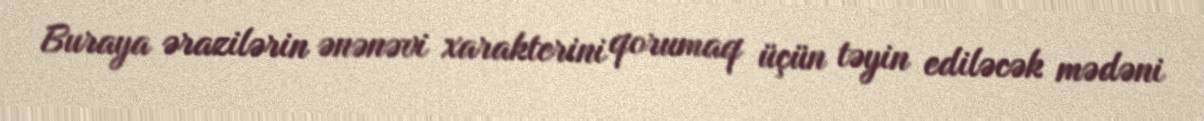
Buraya ərazilərin ənənəvi xarakterini qorumaq üçün təyin ediləcək mədəni